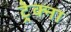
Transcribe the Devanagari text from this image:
ट्रेक्ना